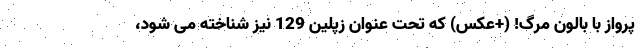
پرواز با بالون مرگ! (+عکس) که تحت عنوان زپلین 129 نیز شناخته می شود،